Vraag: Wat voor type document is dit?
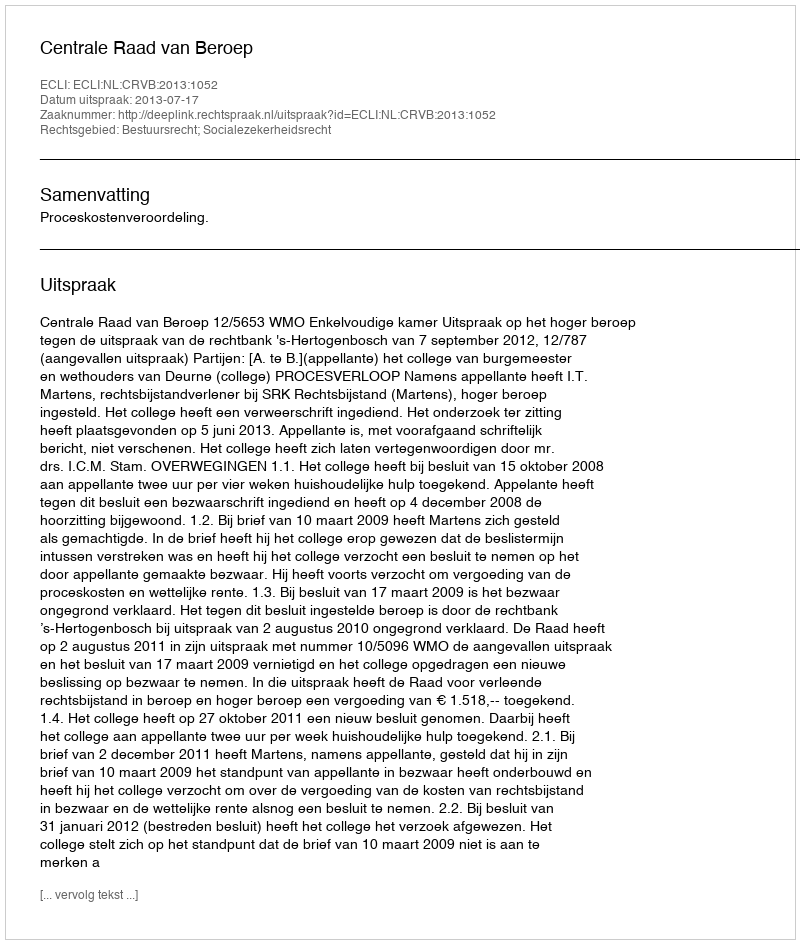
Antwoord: Uitspraak